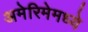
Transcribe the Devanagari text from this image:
अमेरिमेमध्ये